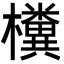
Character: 𣠂